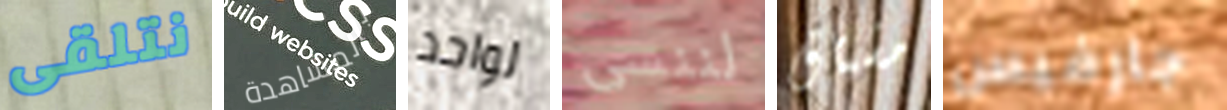
نتلقى بالمشاهدة لواحد لننسى مشتاق جارفيس